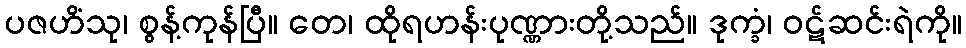
ပဇဟိံသု၊ စွန့်ကုန်ပြီ။ တေ၊ ထိုရဟန်းပုဏ္ဏားတို့သည်။ ဒုက္ခံ၊ ဝဋ်ဆင်းရဲကို။